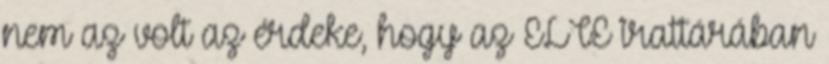
nem az volt az érdeke, hogy az ELTE irattárában